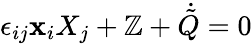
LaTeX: \epsilon_{ij}\mathbf{x}_{i}X_{j}+\mathbb{Z}+\dot{{\tilde{{Q}}}}=0